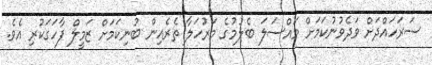
ސަރަހައްދަށް ވަދެވުނުކަމަށް މައްސަލަ ބެލުމުގެ މަރުހަލާ ތެރެއިން ބުނިކަމަށް ޒަމީލް ފާހަގަކުރި އެވެ.